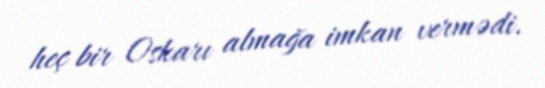
heç bir Oskarı almağa imkan vermədi.